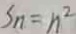
S _ { n } = n ^ { 2 }